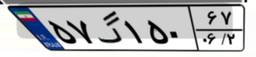
۱۲گ۶۵۶۷۲